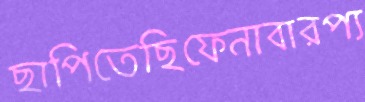
ছাপিতেছিফেনাবারপ্য